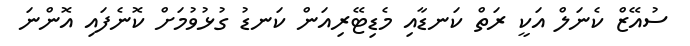
ސުއޭޒް ކެނަލް އަކީ ރަތް ކަނޑާއި މެޑިޓޭރިއަން ކަނޑު ގުޅުވުމަށް ކޮނެފައި އޮންނަ